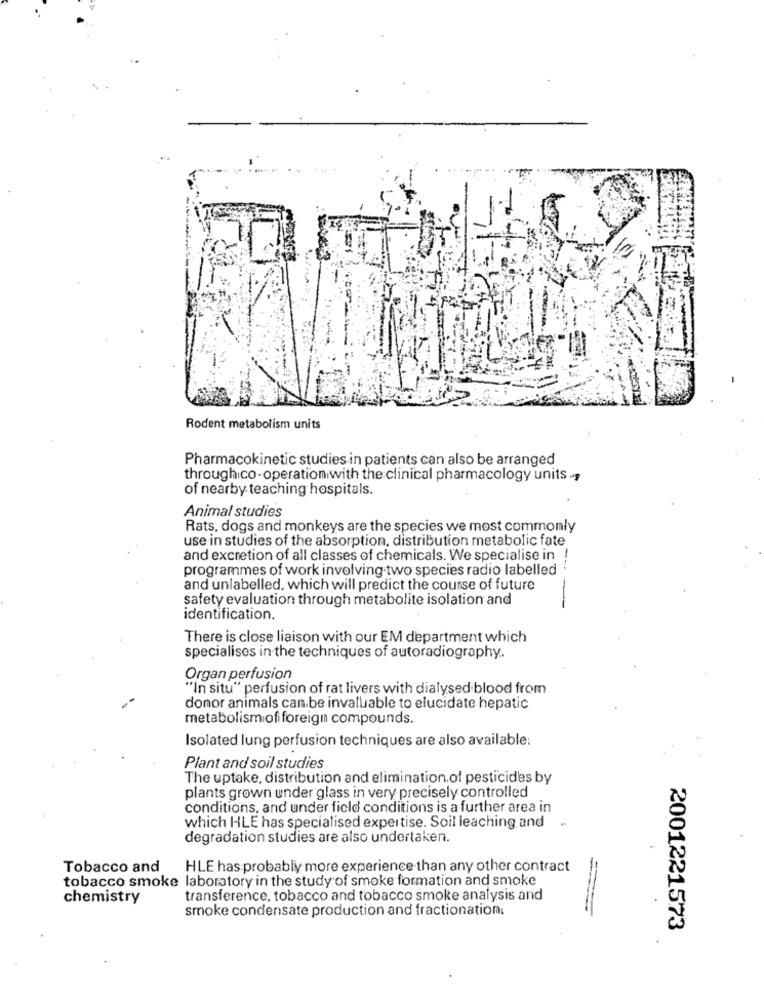
Rodent metabolism units
Pharmacokinetic studies in patients can also be arranged
throughico-operation with the clinical pharmacology units .,
of nearby teaching hospitals.
Animal studies
Rats, dogs and monkeys are the species we most commonly
use in studies of the absorption, distribution metabolic fate
and excretion of all classes of chemicals. We specialise in
programmes of work involving two species radio labelled
and unlabelled, which will predict the course of future
safety evaluation through metabolite isolation and
----
identification.
There is close liaison with our EM department which
specialises in the techniques of autoradiography ..
Organ perfusion
"In situ" perfusion of rat livers with dialysed blood from
donor animals can be invaluable to elucidate hepatic
metabolism of foreign compounds.
Isolated lung perfusion techniques are also available:
Plant and soil studies
The uptake, distribution and elimination of pesticides by
plants grown under glass in very precisely controlled
conditions, and under field conditions is a further area in
which HLE has specialised expertise. Soil leaching and
degradation studies are also undertaken.
Tobacco and
HLE has probably more experience than any other contract
tobacco smoke laboratory in the study of smoke formation and smoke
chemistry
transference, tobacco and tobacco smoke analysis and
smoke condensate production and fractionation.
2001221573